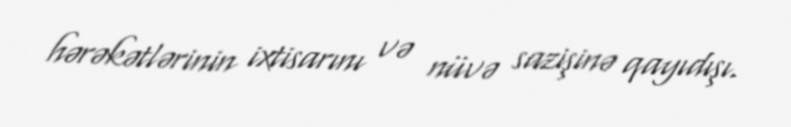
hərəkətlərinin ixtisarını və nüvə sazişinə qayıdışı.